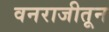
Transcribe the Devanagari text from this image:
वनराजीतून